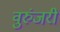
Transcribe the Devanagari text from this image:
वुरुंजरी